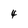
Character: 4